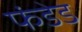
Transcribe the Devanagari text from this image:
फंडेड